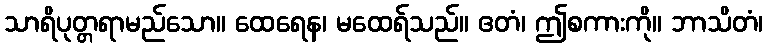
သာရိပုတ္တရာမည်သော။ ထေရေန၊ မထေရ်သည်။ ဧတံ၊ ဤစကားကို။ ဘာသိတံ၊